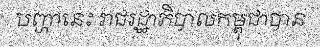
បញ្ហានេះ រាជរដ្ឋាភិបាលកម្ពុជាបាន